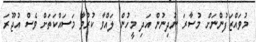
މުވައްޒަފުންނަށް މުސާރަ ނުދިނުން އަދި މީހުން ލައްވާ ކުރުވާ މަަސައްކަތަށް ވެސް އުޖޫރަ